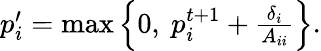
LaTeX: \begin{array}{r}{p_{i}^{\prime}=\operatorname*{max}\left\{ 0,\ p_{i}^{t+1}+\frac{\delta_{i}}{A_{ii}}\right\} .}\end{array}